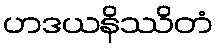
ဟဒယနိဿိတံ